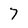
Character: 7